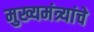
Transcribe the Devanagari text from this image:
मुख्यमंत्र्यांचे